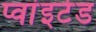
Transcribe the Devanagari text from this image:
प्वांइटेड